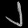
Digit: ၂